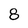
Character: 8